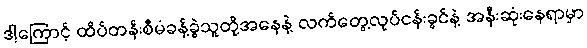
ဒါ့ကြောင့် ထိပ်တန်းစီမံခန့်ခွဲသူတို့အနေနဲ့ လက်တွေ့လုပ်ငန်းခွင်နဲ့ အနီးဆုံးနေရာမှာ